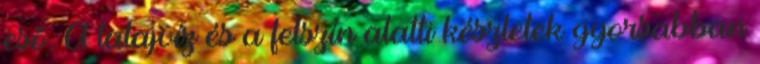
eső. A talajvíz és a felszín alatti készletek gyorsabban